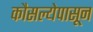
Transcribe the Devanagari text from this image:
कौसल्येपासून